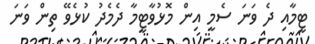
ޓީމާއި ދެ ވަނަ ސެމީ އިން މޮޅުވާޓީމާ ދެމެދު ކުޅެވޭ ތިން ވަނަ